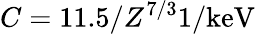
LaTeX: C=11.5/Z^{7/3}\mathrm{{1/keV}}